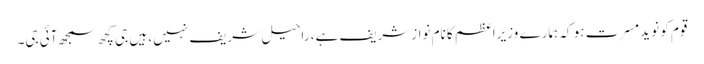
قوم کو نوید مسرت ہو کہ ہمارے وزیراعظم کا نام نوازشریف ہے، راحیل شریف نہیں، ہیں جی کچھ سمجھ آئی جی۔